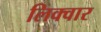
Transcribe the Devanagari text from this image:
लिक्वार